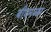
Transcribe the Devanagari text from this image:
बीएमआर